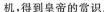
机，得到皇帝的赏。